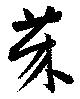
莱